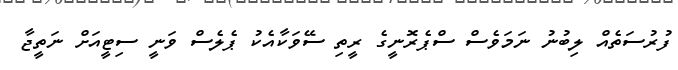
ފުރުސަތެއް ލިބުނު ނަމަވެސް ސްޕެރޮނީގެ ރީތި ސޭވަކާއެކު ޕެލެސް ވަނީ ސިޓީއަށް ނަތީޖާ